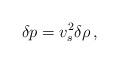
LaTeX: \begin{align*}\delta p = v_s ^2 \delta\rho \, ,\end{align*}